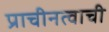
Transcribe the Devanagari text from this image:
प्राचीनत्वाची